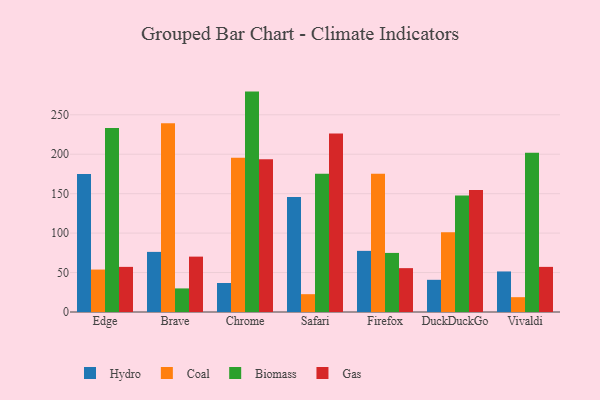
{"axis": {"x": "Browser", "y": "Population (Million)"}, "legend": ["Biomass", "Coal", "Gas", "Hydro"], "data": [{"x": "Edge", "y": 175.0, "type": "Hydro"}, {"x": "Edge", "y": 53.8, "type": "Coal"}, {"x": "Edge", "y": 233.2, "type": "Biomass"}, {"x": "Edge", "y": 57.2, "type": "Gas"}, {"x": "Brave", "y": 76.2, "type": "Hydro"}, {"x": "Brave", "y": 239.3, "type": "Coal"}, {"x": "Brave", "y": 29.9, "type": "Biomass"}, {"x": "Brave", "y": 70.2, "type": "Gas"}, {"x": "Chrome", "y": 36.8, "type": "Hydro"}, {"x": "Chrome", "y": 195.6, "type": "Coal"}, {"x": "Chrome", "y": 279.4, "type": "Biomass"}, {"x": "Chrome", "y": 193.6, "type": "Gas"}, {"x": "Safari", "y": 145.9, "type": "Hydro"}, {"x": "Safari", "y": 22.6, "type": "Coal"}, {"x": "Safari", "y": 175.4, "type": "Biomass"}, {"x": "Safari", "y": 226.2, "type": "Gas"}, {"x": "Firefox", "y": 77.5, "type": "Hydro"}, {"x": "Firefox", "y": 175.2, "type": "Coal"}, {"x": "Firefox", "y": 74.9, "type": "Biomass"}, {"x": "Firefox", "y": 55.6, "type": "Gas"}, {"x": "DuckDuckGo", "y": 40.8, "type": "Hydro"}, {"x": "DuckDuckGo", "y": 101.0, "type": "Coal"}, {"x": "DuckDuckGo", "y": 147.7, "type": "Biomass"}, {"x": "DuckDuckGo", "y": 154.7, "type": "Gas"}, {"x": "Vivaldi", "y": 51.4, "type": "Hydro"}, {"x": "Vivaldi", "y": 18.8, "type": "Coal"}, {"x": "Vivaldi", "y": 201.8, "type": "Biomass"}, {"x": "Vivaldi", "y": 57.2, "type": "Gas"}]}